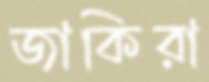
জাকিরা